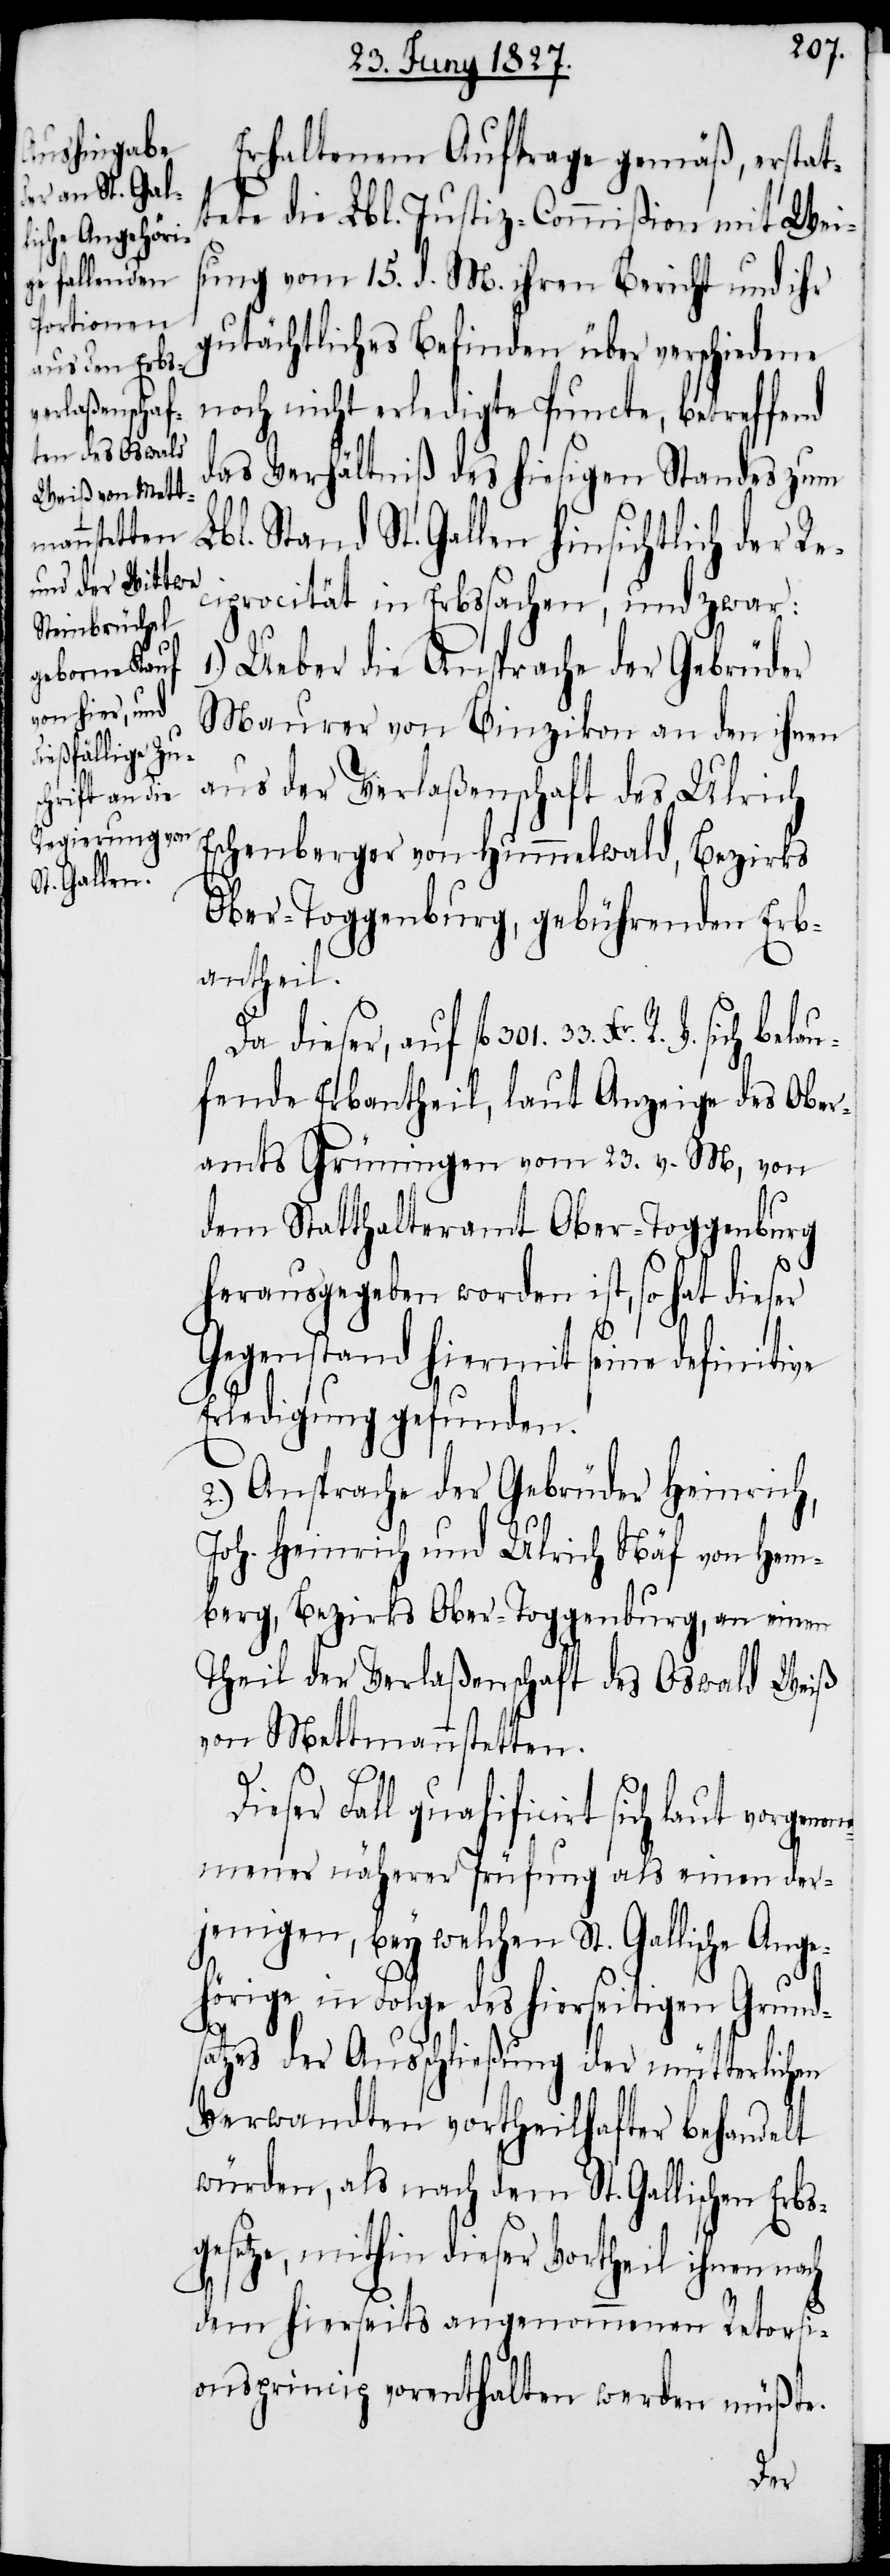
sche Angehör¬
sich belau¬

Erhaltenem Auftrage gemäß, erstat¬
tet die Lbl. Justiz-Commißion mit Wei¬
sung vom 15. d. M. ihren Bericht und ihr
gutächtliches Befinden über verschiedene
noch nicht erledigte Puncte, betreffend
das Verhältniß des hiesigen Standes zum
l. Stand St. Gallen hinsichtlich der R¬
eciprocität in Erbssachen, und zwar:
1.) Ueber die Ansprache der Gebrüder
Maurer von Binzikon an den ihnen
aus der Verlaßenschaft des Ulrich
Eschenberger von Hummelwald, Bezirks
Ober-Toggenburg, gebührenden Erb¬
antheil.
Da dieser, auf fl. 301. 33. Xr.
fende Erbantheil, laut Anzeige des Ober¬
amtes Grüningen vom 23. v. M., von
dem Statthalteramt Ober-Toggenburg
herausgegeben worden ist, so hat dieser
R. V.
Gegenstand hiermit seine definitive
Erledigung gefunden.
2.) Ansprache der Gebrüder Heinrich,
Joh. Heinrich und Ulrich Näf von Hem¬
berg, Bezirks Ober-Toggenburg, an einen
Theil der Verlaßenschaft des Oswald Weiß
von Mettmannstetten.
Dieser Fall qualificirt sich laut vorgenom¬
mener näherer Prüfung als einen der¬
jenigen, bey welchen St. Galli¬
ige in Folge des hierseitigen Grund¬
satzes der Ausschließung der mütterlichen
Verwandten vortheilhafter behandelt
würden, als nach dem St. Gallischen Erbs¬
gesetze, mithin dieser Vortheil ihnen
dem hierseits angenommenen Retorsi¬
onsprincip vorenthalten werden müßte.